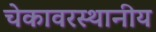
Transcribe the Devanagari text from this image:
चेकावरस्थानीय